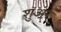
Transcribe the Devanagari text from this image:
शुअर